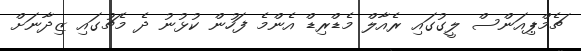
ޗެމްޕިއަންސް ލީގުގައި ރެއާލް މެޑްރިޑް އެންމެ ފަހުން ކުޅުނު ދެ މެޗުގައި ޒިދާނަށް